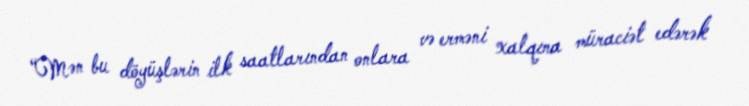
“Mən bu döyüşlərin ilk saatlarından onlara və erməni xalqına müraciət edərək